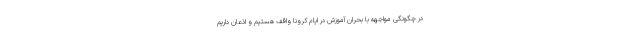
در چگونگی مواجهه با بحران آموزش در ایام کرونا واقف هستیم و اذعان داریم